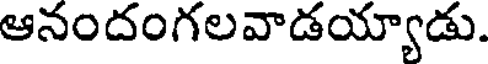
ఆనందంగలవాడయ్యాడు.